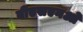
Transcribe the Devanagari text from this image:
वीएसएनओ